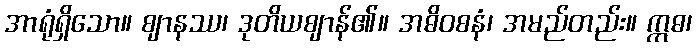
အာရုံရှိသော။ ဈာနဿ၊ ဒုတိယဈာန်၏။ အဓိဝစနံ၊ အမည်တည်း။ ဣဓ၊